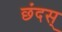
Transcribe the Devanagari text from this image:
छंदस्